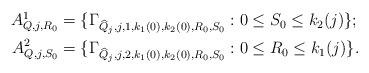
LaTeX: \begin{align*}\begin{aligned}A^1_{Q, j, R_0} &= \{ \Gamma_{\widehat Q_j, j, 1,k_1(0),k_2(0), R_0, S_0} : 0 \leq S_0 \leq k_2(j)\};\\A^2_{Q, j, S_0} &= \{ \Gamma_{\widehat Q_j, j, 2, k_1(0),k_2(0),R_0, S_0} : 0 \leq R_0 \leq k_1(j)\}.\end{aligned} \end{align*}